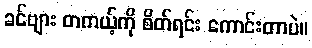
ခင်ဗျား တကယ့်ကို စိတ်ရင်း ကောင်းတာပဲ။